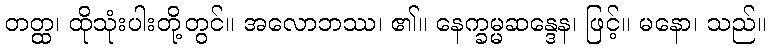
တတ္ထ၊ ထိုသုံးပါးတို့တွင်။ အလောဘဿ၊ ၏။ နေက္ခမ္မဆန္ဒေန၊ ဖြင့်။ မနော၊ သည်။